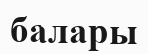
балары